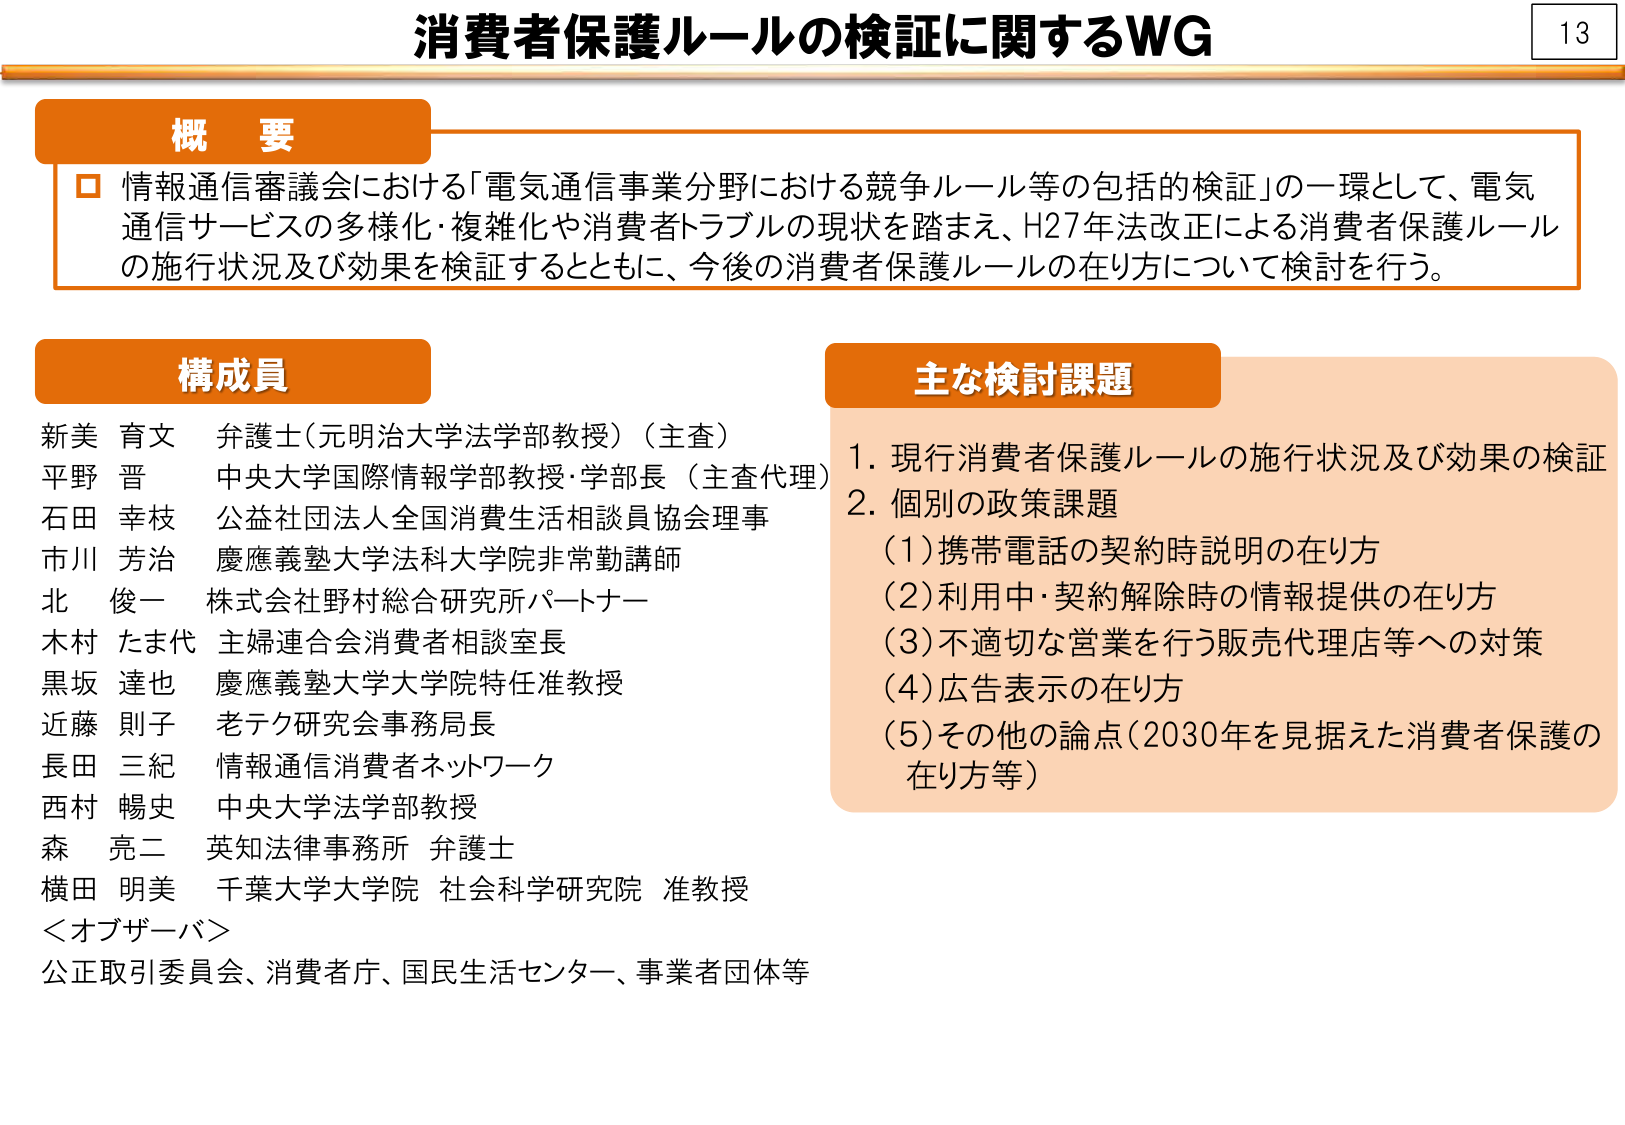
消費者保護ルールの検証に関するWG

概要
□ 情報通信審議会における「電気通信事業分野における競争ルール等の包括的検証」の一環として、電気通信サービスの多様化・複雑化や消費者トラブルの現状を踏まえ、H27年法改正による消費者保護ルールの施行状況及び効果を検証するとともに、今後の消費者保護ルールの在り方について検討を行う。

構成員
新美 育文 弁護士（元明治大学法学部教授）（主査）
平野 晋 中央大学国際情報学部教授・学部長（主査代理）
石田 幸枝 公益社団法人全国消費生活相談員協会理事
市川 芳治 慶應義塾大学法科大学院非常勤講師
北 俊一 株式会社野村総合研究所パートナー
木村 たま代 主婦連合会消費者相談室長
黒坂 達也 慶應義塾大学大学院特任准教授
近藤 則子 老テク研究会事務局長
長田 三紀 情報通信消費者ネットワーク
西村 暢史 中央大学法学部教授
森 亮二 英知法律事務所 弁護士
横田 明美 千葉大学大学院 社会科学研究院 准教授
＜オブザーバ＞
公正取引委員会、消費者庁、国民生活センター、事業者団体等

主な検討課題
1. 現行消費者保護ルールの施行状況及び効果の検証
2. 個別の政策課題
（1）携帯電話の契約時説明の在り方
（2）利用中・契約解除時の情報提供の在り方
（3）不適切な営業を行う販売代理店等への対策
（4）広告表示の在り方
（5）その他の論点（2030年を見据えた消費者保護の在り方等）

13